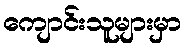
ကျောင်းသူများမှာ